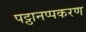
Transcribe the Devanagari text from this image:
पट्ठानप्पकरण